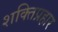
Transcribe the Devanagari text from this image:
शक्तिप्रहार